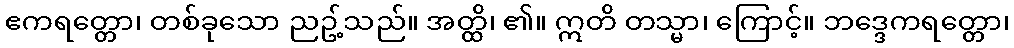
ဧကရတ္တော၊ တစ်ခုသော ညဥ့်သည်။ အတ္ထိ၊ ၏။ ဣတိ တသ္မာ၊ ကြောင့်။ ဘဒ္ဒေကရတ္တော၊